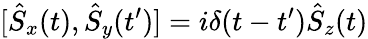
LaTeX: [\hat{S}_{x}(t),\hat{S}_{y}(t^{\prime})]=i\delta(t-t^{\prime})\hat{S}_{z}(t)